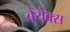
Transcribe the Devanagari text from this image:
बेयेक्स